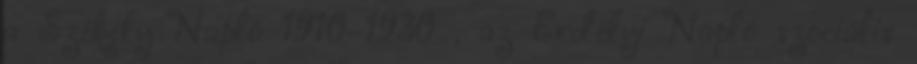
a Székely Napló 1910–1930 , az Erdélyi Napló szociális